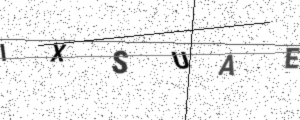
Text: IXSUAE